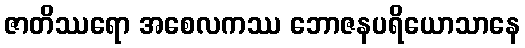
ဇာတိဿရော အစေလကဿ ဘောဇနပရိယောသာနေ